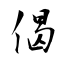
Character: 偈